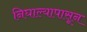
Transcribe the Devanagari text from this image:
निघाल्यापासून